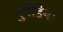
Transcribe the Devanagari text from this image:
नुपेडिया